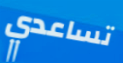
تساعدي